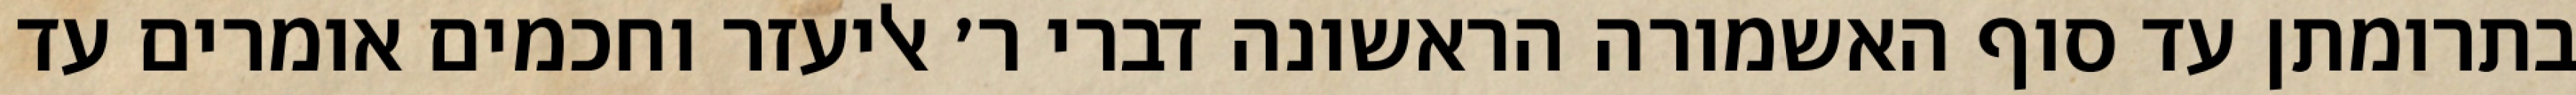
בתרומתן עד סוף האשמורה הראשונה דברי ר׳ אליעזר וחכמים אומרים עד